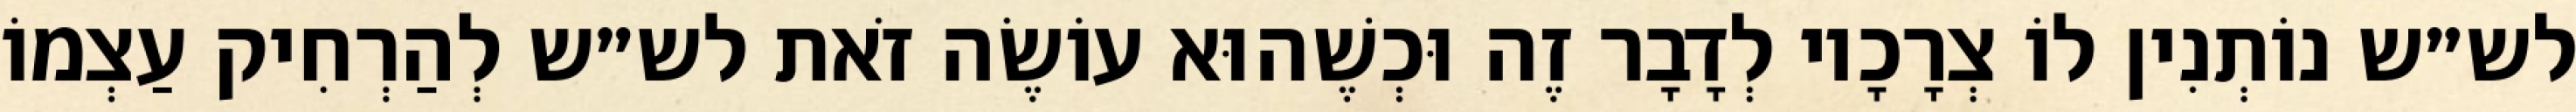
לש״ש נוֹתְנִין לוֹ צְרָכָיו לְדָבָר זֶה וּכְשֶׁהוּא עוֹשֶׂה זֹאת לש״ש לְהַרְחִיק עַצְמוֹ